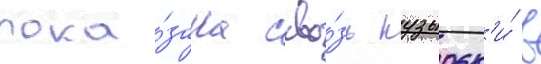
пока́зана скво́зь пузырьк'и́ в